Annual report of the Punjab Veterinary College and of the Civil Veterinary Department, Punjab - 1926-1932
Year: 1926
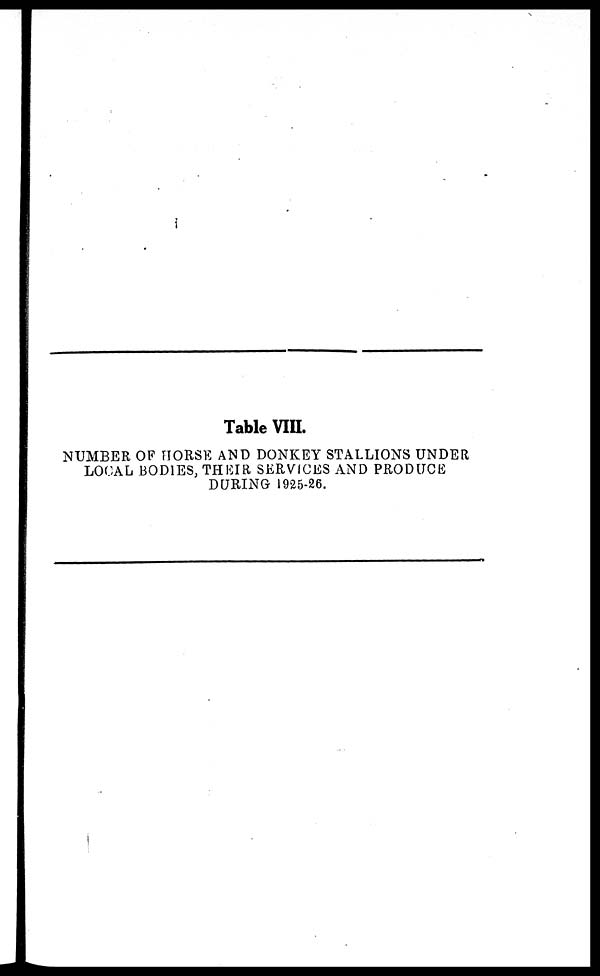
Table VIII.
NUMBER OF HORSE AND DONKEY STALLIONS UNDER
LOCAL BODIES, THEIR SERVICES AND PRODUCE
DURING 1925-26.